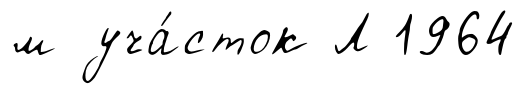
м уча́сток Л 1964